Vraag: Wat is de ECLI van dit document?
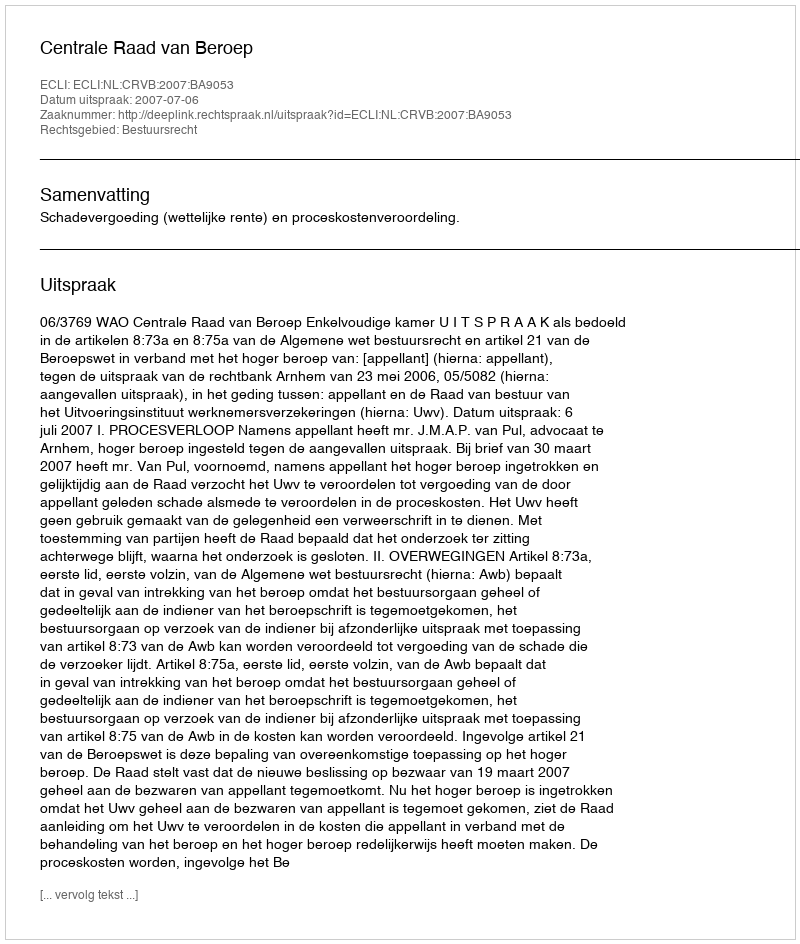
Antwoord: ECLI:NL:CRVB:2007:BA9053